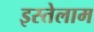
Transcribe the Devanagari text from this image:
इस्तेलाम